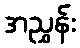
အညွှန်း